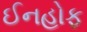
ઈનહોફ